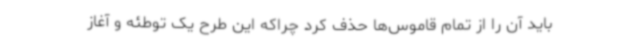
باید آن را از تمام قاموس‌ها حذف کرد چراکه این طرح یک توطئه و آغاز